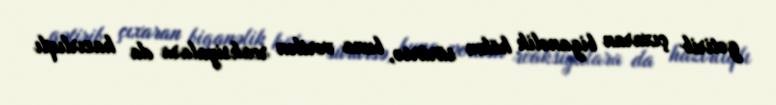
gətirib çıxaran biganəlik hökm sürürsə, buna verilən reaksiyalara da hazırlıqlı